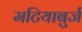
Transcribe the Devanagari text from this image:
मटियाबुर्ज